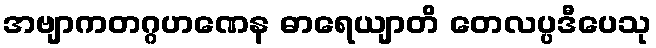
အဗျာကတဂ္ဂဟဏေန ဓာရေယျာတိ တေလပ္ပဒီပေသု